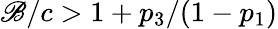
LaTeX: \mathscr{B}/c>1+p_{3}/(1-p_{1})